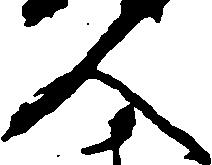
人